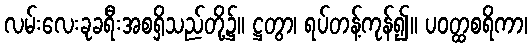
လမ်းလေးခုခရီးအစရှိသည်တို့၌။ ဋ္ဌတွာ၊ ရပ်တန့်ကုန်၍။ ပဝတ္ထစရိကာ၊